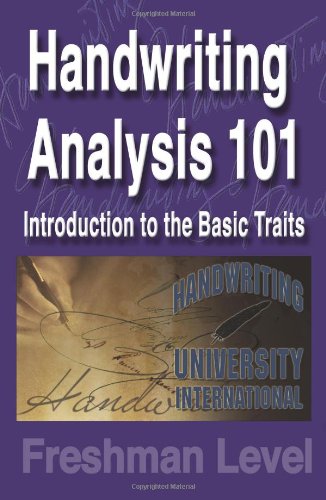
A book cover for Handwriting Analysis 101; Bart A. Baggett; Self-Help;